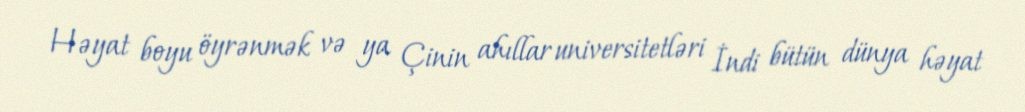
Həyat boyu öyrənmək və ya Çinin ahıllar universitetləri İndi bütün dünya həyat